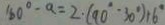
1 6 0 ^ { \circ } - a = 2 \cdot ( 9 0 ^ { \circ } \cdot 3 0 ^ { \circ } ) + 6 ^ { \circ }